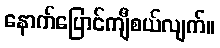
နောက်ပြောင်ကျီစယ်လျက်။